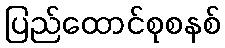
ပြည်ထောင်စုစနစ်